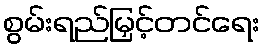
စွမ်းရည်မြှင့်တင်ရေး